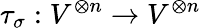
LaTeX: \tau_{\sigma}:V^{\otimes n}\to V^{\otimes n}